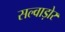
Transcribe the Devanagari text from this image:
सल्वाड़ोर